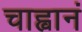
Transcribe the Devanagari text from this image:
चाह्वानं